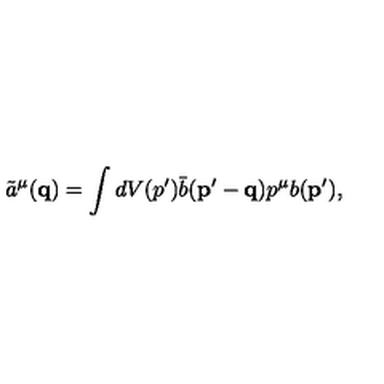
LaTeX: \tilde { a } ^ { \mu } ( { \mathbf { q } } ) = \int d V ( p ^ { \prime } ) \bar { b } ( { \mathbf { p ^ { \prime } - q } } ) p ^ { \mu } b ( { \mathbf { p ^ { \prime } } } ) ,